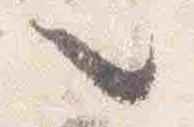
也